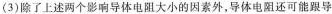
(3)除了上述两个影响导体电阻大小的因素外，导体电阻还可能跟导